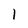
Character: 1